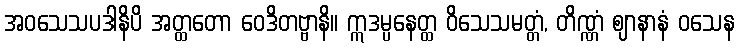
အဝသေသပဒါနိပိ အတ္ထတော ဝေဒိတဗ္ဗာနိ။ ဣဒမ္ပနေတ္ထ ဝိသေသမတ္တံ, တိဏ္ဏံ ဈာနာနံ ဝသေန